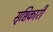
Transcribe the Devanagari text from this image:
सृष्टिकारी